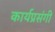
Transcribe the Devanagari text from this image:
कार्यप्रसंगी